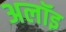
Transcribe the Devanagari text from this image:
अलॉइ